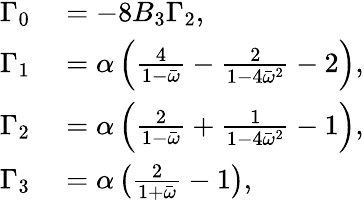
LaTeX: \begin{array}{rl}{\Gamma_{0}}&{{}=-8B_{3}\Gamma_{2},}\\ {\Gamma_{1}}&{{}=\alpha\left(\frac{4}{1-\bar{\omega}}-\frac{2}{1-4\bar{\omega}^{2}}-2\right),}\\ {\Gamma_{2}}&{{}=\alpha\left(\frac{2}{1-\bar{\omega}}+\frac{1}{1-4\bar{\omega}^{2}}-1\right),}\\ {\Gamma_{3}}&{{}=\alpha\left(\frac{2}{1+\bar{\omega}}-1\right),}\end{array}